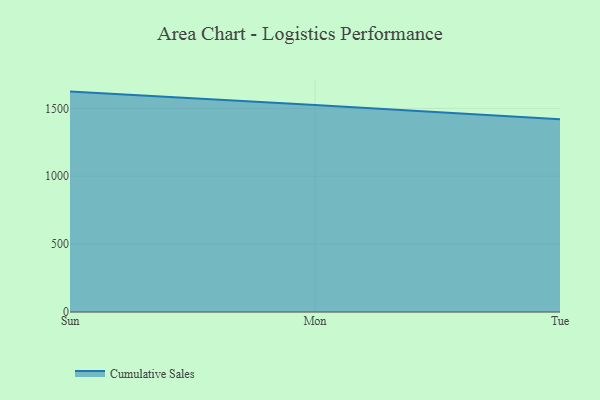
{"axis": {"x": "Day", "y": "Gross Profit (USD K)"}, "legend": ["Cumulative Sales"], "data": [{"x": "Sun", "y": 1623.2, "type": "Cumulative Sales"}, {"x": "Mon", "y": 1524.6, "type": "Cumulative Sales"}, {"x": "Tue", "y": 1419.1, "type": "Cumulative Sales"}]}